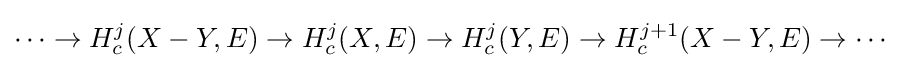
\cdots \to H_{c}^{j}(X-Y,E)\to H_{c}^{j}(X,E)\to H_{c}^{j}(Y,E)\to H_{c}^{j+1}(X-Y,E)\to \cdots